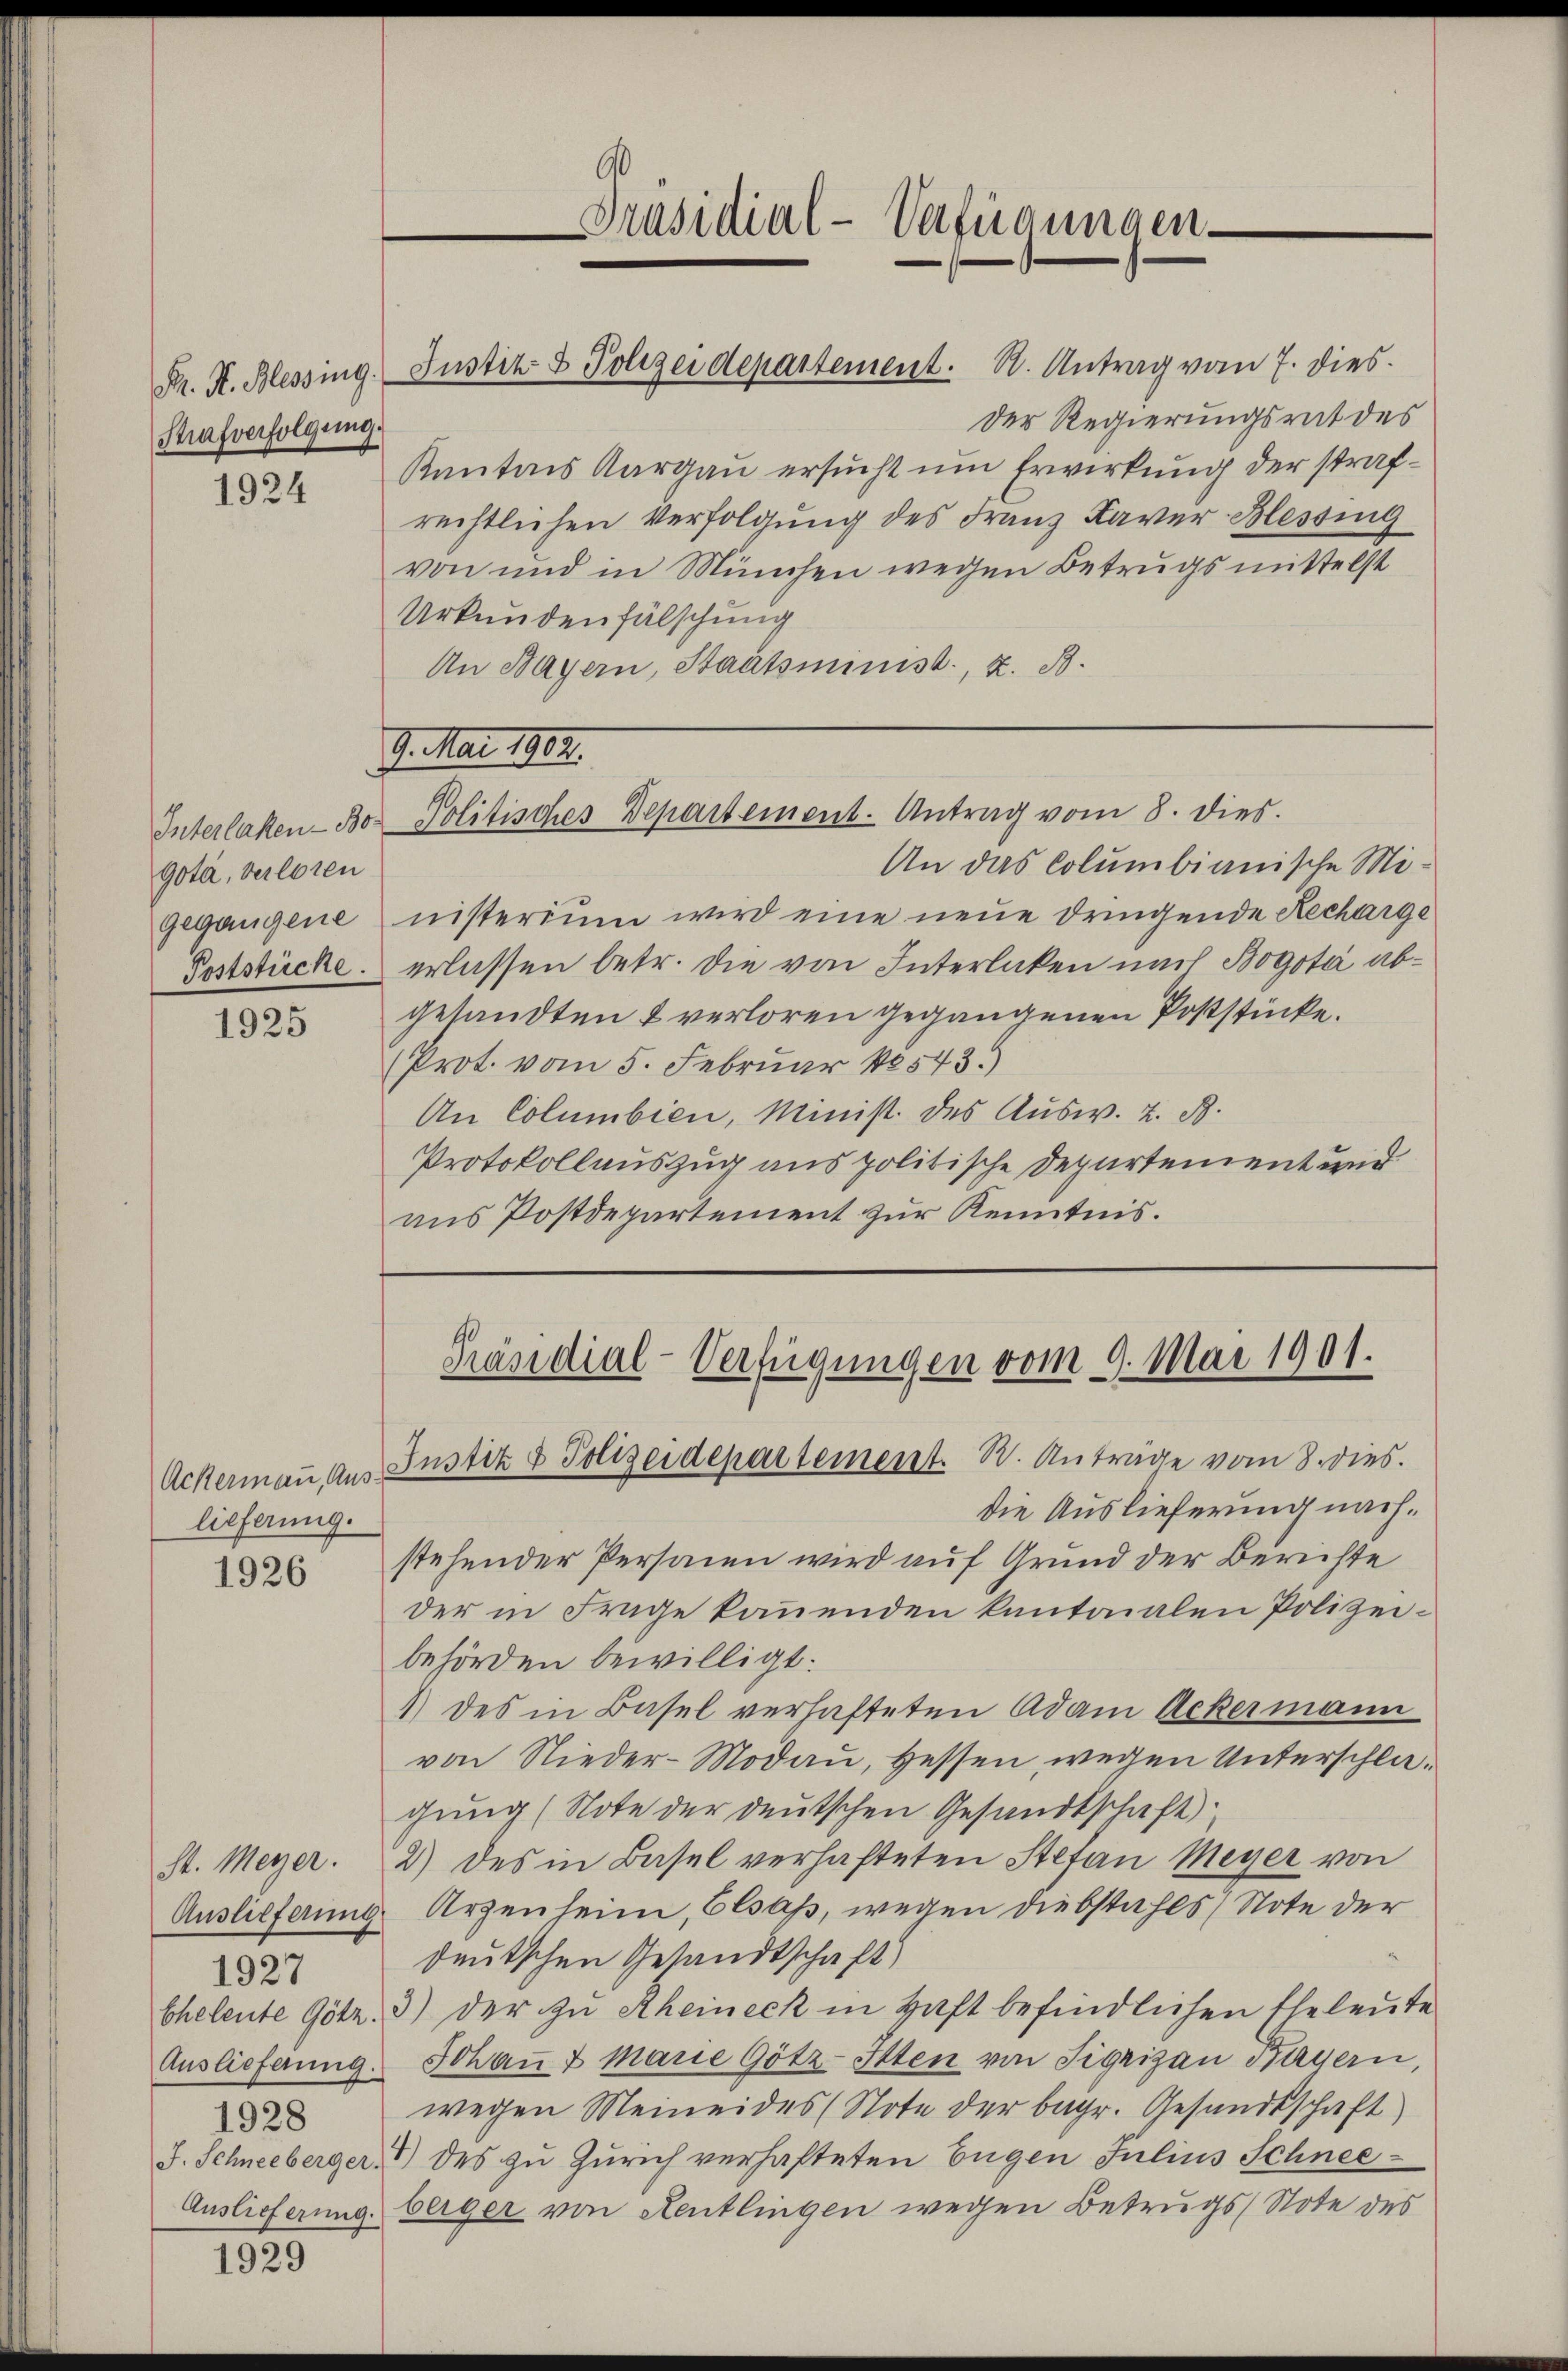
Strafverfolgung

1924

Interlaßen- Bogota, verloren
gegangene
Poststücke.

1925

lieferung.

1926

1927
1928

1929

Präsidial-Verfügungen

Pr. K. Blessing. Justiz- & Polizeidepartement. S. Antrag vom 7. dies

Der Regierungsrat des
Kantons Aargau ersucht um Erwirkung der strafrechtlichen Verfolgung des Franz Kaver Blessing
von und in München wegen Betrugsmittelst
Urkundenfälschung
An Bayern, Staatsminist, z. B.
An das Columbianische Ministerium wird eine neue Dringende Recharge
erlassen betr. die von Interlaken nach Bogota abgesandten & verloren gegangenen Poststücke.
(Prot. vom 5. Februar 18543.)
An Columbien, Minist des Ausw. z. B.
Protokollauszug aus politische Departement und
aus Postdepartement zur Kenntnis.

G. Mai 1902.
Politisches Departement. Antrag vom 8. dies

Präsidial-Verfügungen vom 9. Mai 1901.
Ackermaṅ Aus Justiz & Polizeidepartement. B. Anträge vom 8. dies

die Auslieferung nachstehender Personen wird auf Grund der Berichte
der in Frage kannenden kantonalen Polizeibehörden bewilligt:
1) des in Basel verhafteten Adam Ackermann
von Nieder-Modau, Hessen wegen Unterschlagung (Note der deutschen Gesandtschaft
st. Meyer. 2) des in Basel verhafteten Stetan Meyer von
Auslieferung Arzenheim, Elsaß, wegen Diebstahls Note der
deutschen Gesandtschaft)
Cheleute Götz. 3) der zu Rheineck in Haft befindlichen Eheleute
Auslieferŭng. Johaṅ t Marie Götz-Itten von Sigrigan Bayern,
wegen Meineides (Note der begr. Gesandtschaft
J. Schneeberger, 7 des zu Zürich verhafteten Eugen Julius Schnee
Auslieferung berger von Aeutlingen wegen Betrugs Note des